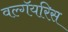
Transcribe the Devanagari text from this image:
वल्गॅयरिस